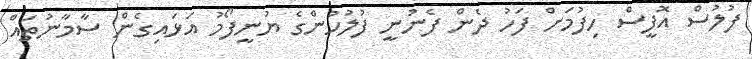
ފުލުސް އޮފީސް ހިފުމަށް ފަހު ދެން ފެނުނީ ފުލުހުންގެ ޔުނީފޯމު އަޅައިގެން ސާމާނުތައް